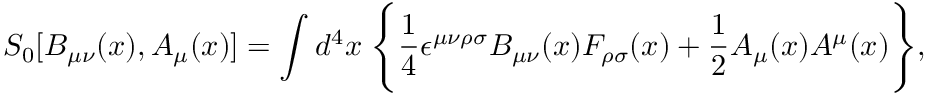
S _ { 0 } [ B _ { \mu \nu } ( x ) , A _ { \mu } ( x ) ] = \int d ^ { 4 } x \; \Bigg \{ \frac { 1 } { 4 } \epsilon ^ { \mu \nu \rho \sigma } B _ { \mu \nu } ( x ) F _ { \rho \sigma } ( x ) + \frac { 1 } { 2 } A _ { \mu } ( x ) A ^ { \mu } ( x ) \Bigg \} ,